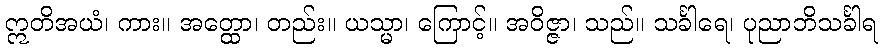
ဣတိအယံ၊ ကား။ အတ္ထော၊ တည်း။ ယသ္မာ၊ ကြောင့်။ အဝိဇ္ဇာ၊ သည်။ သင်္ခါရေ၊ ပုညာဘိသင်္ခါရ